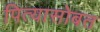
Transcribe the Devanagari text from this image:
पित्यासोबत